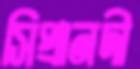
সিপ্রানদী